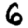
Digit: 6